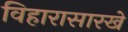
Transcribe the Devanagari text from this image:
विहारासारखे